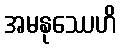
အမနုဿေဟိ